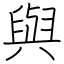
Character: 與